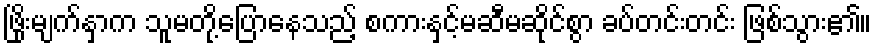
ဖြိုးမျက်နှာက သူမတို့ပြောနေသည့် စကားနှင့်မဆီမဆိုင်စွာ ခပ်တင်းတင်း ဖြစ်သွား၏။